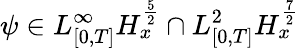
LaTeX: \psi\in L_{[0,T]}^{\infty}H_{x}^{\frac{5}{2}}\cap L_{[0,T]}^{2}H_{x}^{\frac{7}{2}}